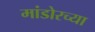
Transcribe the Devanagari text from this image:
मांडोरच्या